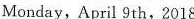
Monday, April 9th,2018